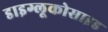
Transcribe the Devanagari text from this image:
डाइग्लूकोसाइड